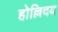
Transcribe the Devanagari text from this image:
होल्लिदय